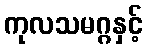
ကုလသမဂ္ဂနှင့်